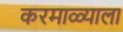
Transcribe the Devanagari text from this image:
करमाळ्याला